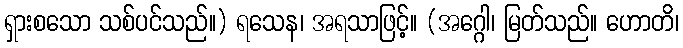
ရှားစသော သစ်ပင်သည်။) ရသေန၊ အရသာဖြင့်။ (အဂ္ဂေါ၊ မြတ်သည်။ ဟောတိ၊